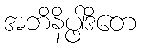
အဘိနိပ္ဖါဒိတေ